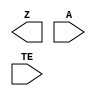
module sky130_fd_sc_hd__einvp (
    Z ,
    A ,
    TE
);

    output Z ;
    input  A ;
    input  TE;

    // Voltage supply signals
    supply1 VPWR;
    supply0 VGND;
    supply1 VPB ;
    supply0 VNB ;

endmodule